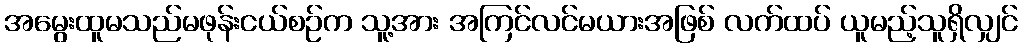
အမွေးထူမသည်မဖုန်းငယ်စဉ်က သူ့အား အကြင်လင်မယားအဖြစ် လက်ထပ် ယူမည့်သူရှိလျှင်